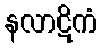
နလာဋိကံ